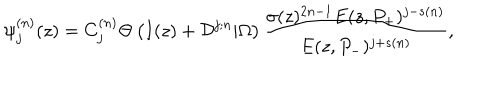
LaTeX: \psi _ { j } ^ { ( n ) } ( z ) = C _ { j } ^ { ( n ) } \Theta \left( I ( z ) + { \cal D } ^ { j ; n } | \Omega \right) { \frac { \sigma ( z ) ^ { 2 n - 1 } E ( z , P _ { + } ) ^ { j - s ( n ) } } { E ( z , P _ { - } ) ^ { j + s ( n ) } } } ,